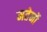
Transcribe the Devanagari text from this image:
मतेर्नो